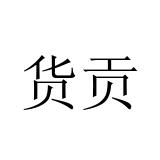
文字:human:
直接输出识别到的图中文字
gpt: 货贡